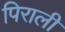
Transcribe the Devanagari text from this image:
पिराली